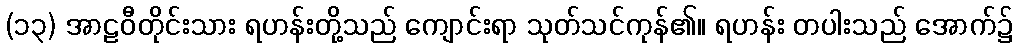
(၁၃) အာဠဝီတိုင်းသား ရဟန်းတို့သည် ကျောင်းရာ သုတ်သင်ကုန်၏။ ရဟန်း တပါးသည် အောက်၌